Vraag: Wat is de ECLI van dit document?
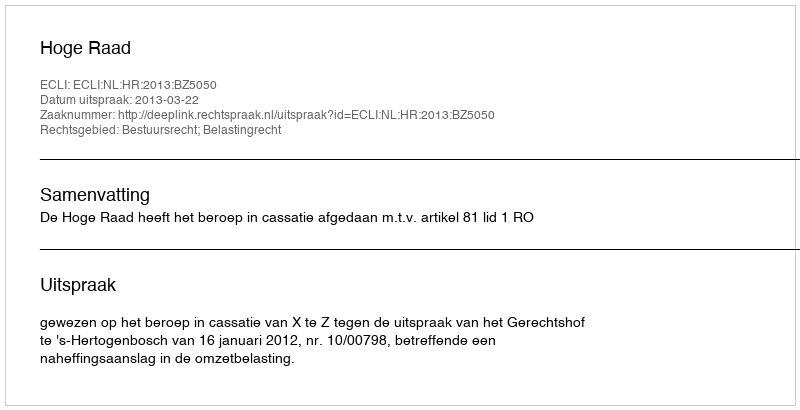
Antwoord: ECLI:NL:HR:2013:BZ5050